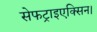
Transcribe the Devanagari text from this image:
सेफट्राइएक्सिन।